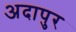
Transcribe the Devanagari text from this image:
अदापुर